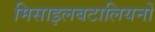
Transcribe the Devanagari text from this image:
मिसाइलबटालियनों